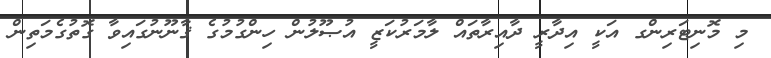
މި މޮނިޓަރިންގ އަކީ އިދާރީ ދާއިރާތައް ލާމަރުކަޒީ އުޞޫލުން ހިންގުމުގެ ޤާނޫނުގައިވާ ގޮތުގެމަތިން